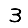
Digit: 3